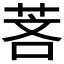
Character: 𬜵